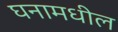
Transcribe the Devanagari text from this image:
घनामधील